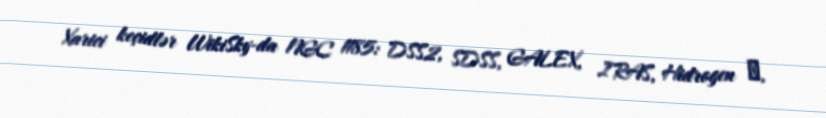
Xarici keçidlər WikiSky-da NGC 1185: DSS2, SDSS, GALEX, IRAS, Hidrogen α,